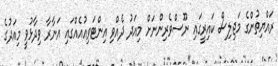
ރައްޔިތުންގެ މަޖިލިސް ކައިރީގައި ނޫސްވެރިންނަށް މިއަދު ދެއްވި އިންޓަވިއުއެއްގައި އަނާރާ ވިދާޅުވީ މިއަދުގެ